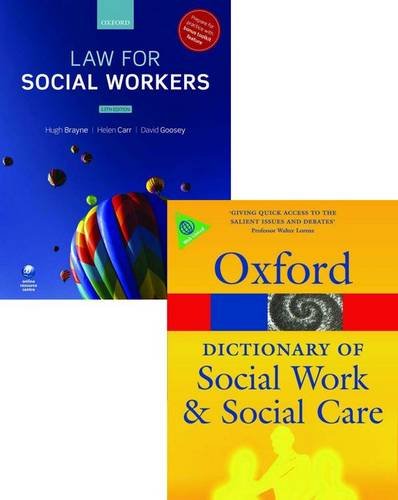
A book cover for Law for Social Workers & A Dictionary of Social Work and Social Care Pack; Hugh Brayne; Law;